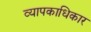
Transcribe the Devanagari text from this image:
व्यापकाधिकार